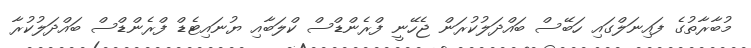
މުބާރާތުގެ ފައިނަލްގައި ހަބޭސް ބައްދަލުކުރަން ޖެހޭނީ ފްރެންޑްސް ކްލަބާއި ޔުނައިޓެޑް ފްރެންޑްސް ބައްދަލުކުރާ